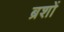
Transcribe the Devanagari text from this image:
ब्रशों